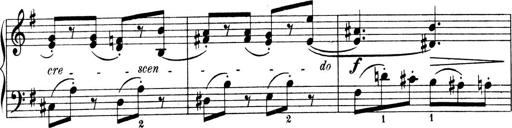
Title: 4 Sonatines
Composer: Max Reger